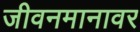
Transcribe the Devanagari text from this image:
जीवनमानावर